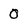
Character: 0